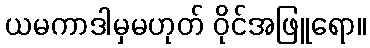
ယမကာဒါမှမဟုတ် ဝိုင်အဖြူရော။